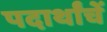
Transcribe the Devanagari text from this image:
पदार्थांचें